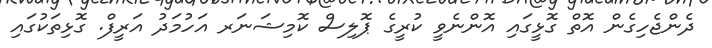
ދެންޖެހިގެން އޮތް ގޮޅީގައި އޮންނެވީ ކުރީގެ ޕޮލިސް ކޮމިޝަނަރ އަހުމަދު އަރީފް. ގޮޅިތަކުގައި